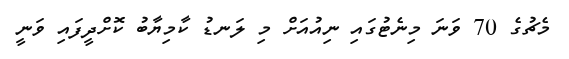
މެޗުގެ 70 ވަނަ މިނެޓުގައި ނިއުއަށް މި ލަނޑު ކާމިޔާބު ކޮށްދީފައި ވަނީ